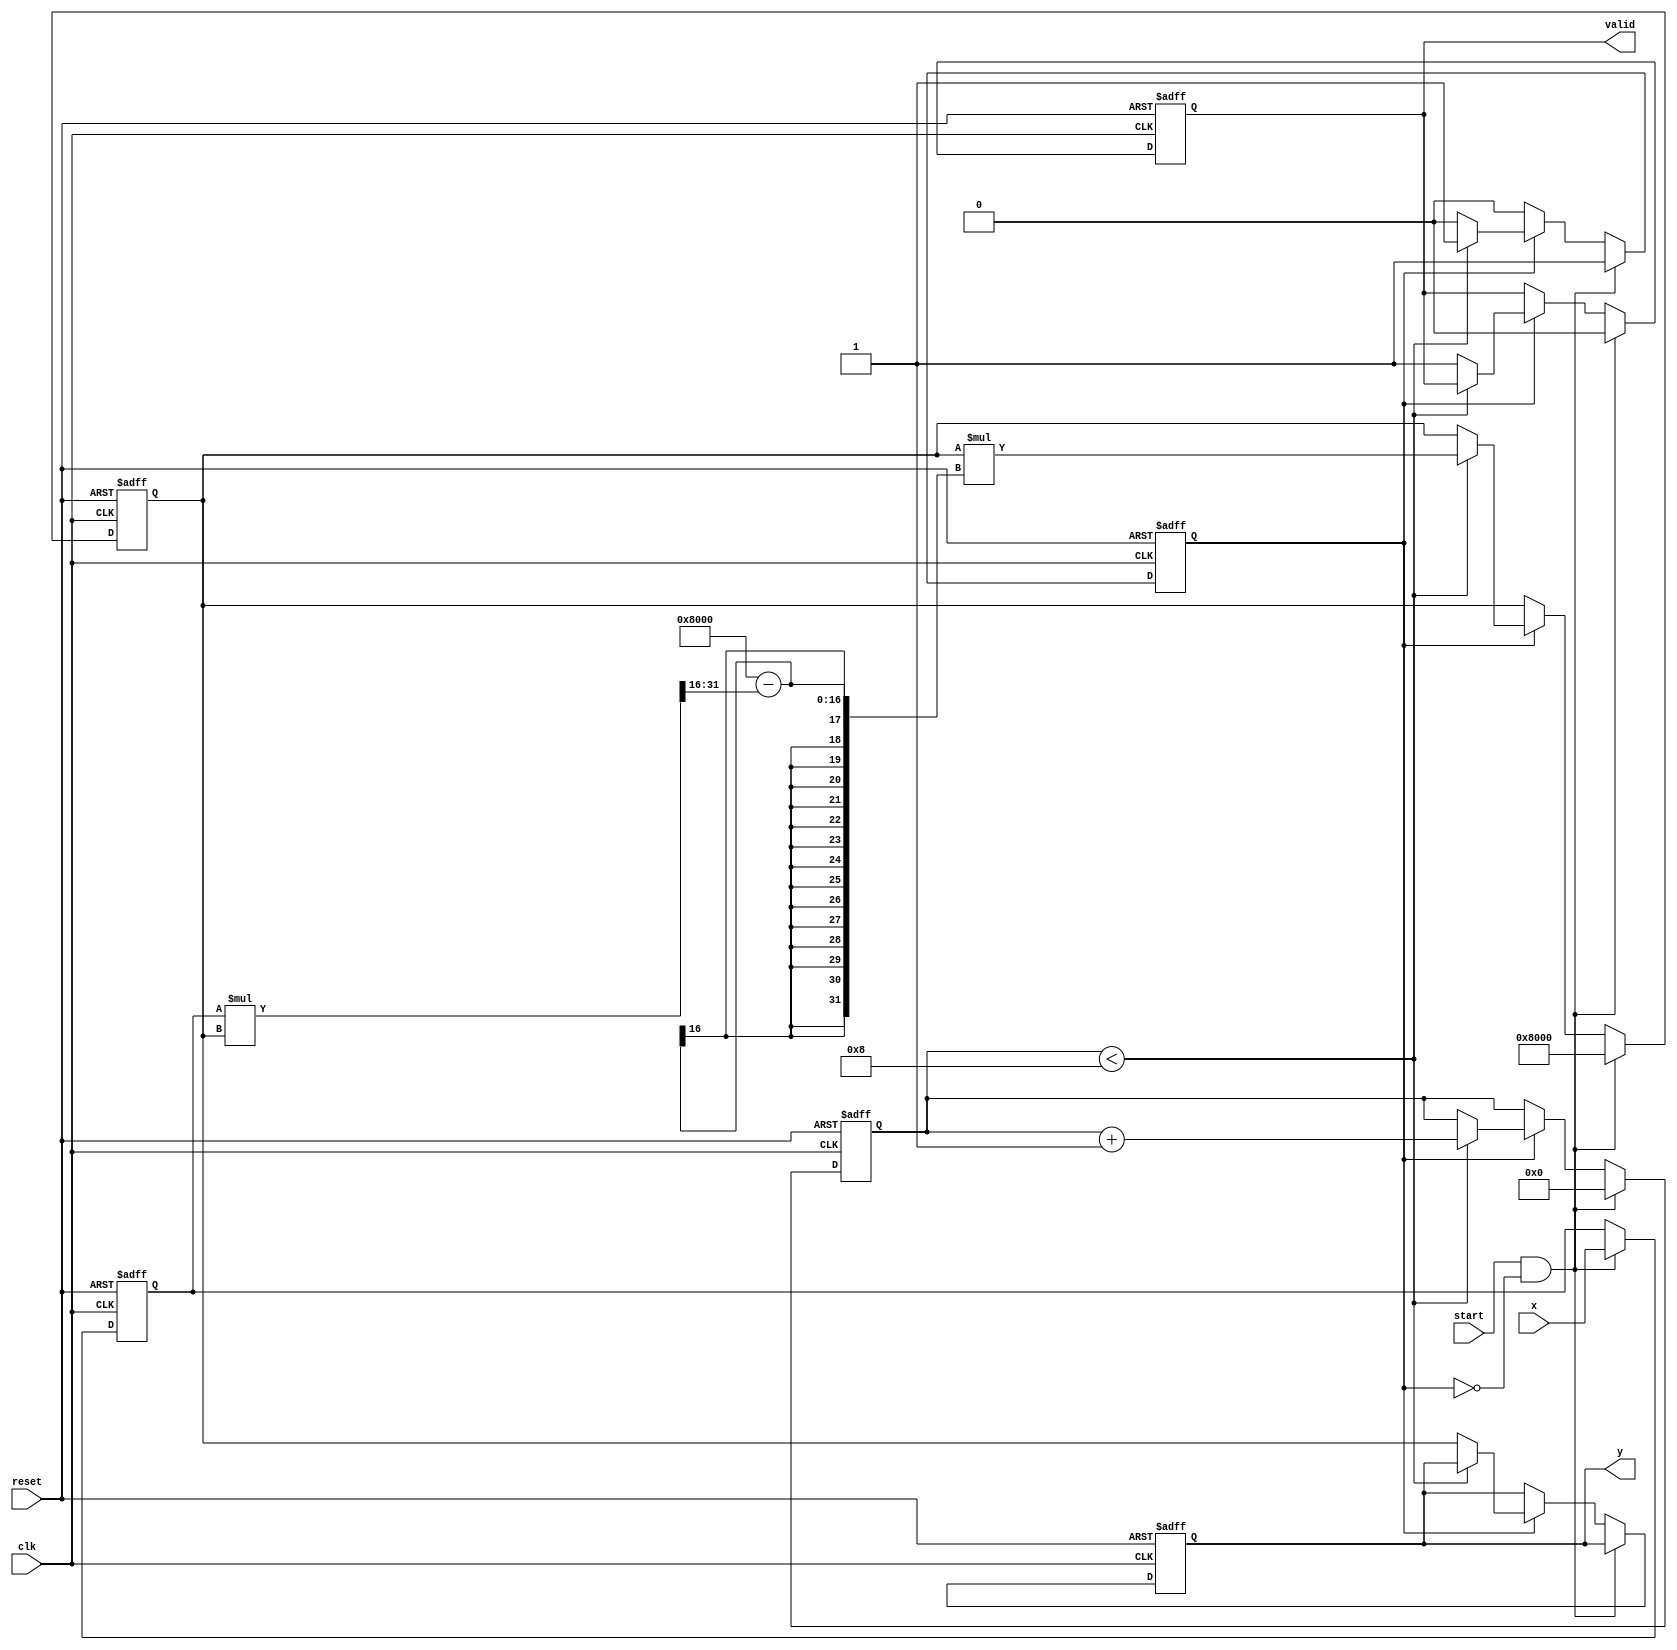
module FixedPointReciprocal #(
    parameter M = 16, // Number of bits for the integer part
    parameter N = 16  // Number of bits for the fractional part
)(
    input wire clk,
    input wire reset,
    input wire start,
    input wire [M+N-1:0] x, // Fixed-point input X (Qm.n)
    output reg [M+N-1:0] y,  // Fixed-point output Y (Qm.n)
    output reg valid          // Output valid signal
);

    localparam MAX_ITER = 8; // Maximum iterations for Newton-Raphson
    localparam HALF_SCALE = {M+N{1'b0}} + (1 << (N-1)); // 0.5 in fixed-point

    reg [M+N-1:0] approx; // Current approximation
    reg [M+N-1:0] x_inv;  // Inverse of X
    reg [3:0] iter;       // Iteration counter
    reg computing;        // Computing state
    
    always @(posedge clk or posedge reset) begin
        if (reset) begin
            y <= 0;
            valid <= 0;
            approx <= 0;
            x_inv <= 0;
            iter <= 0;
            computing <= 0;
        end else begin
            if (start && !computing) begin
                // Initialize for computation
                approx <= {M+N{1'b0}} + (1 << (N-1)); // Start with 0.5
                x_inv <= x;
                iter <= 0;
                computing <= 1;
                valid <= 0;
            end else if (computing) begin
                if (iter < MAX_ITER) begin
                    // Newton-Raphson iteration: approx = approx * (2 - x * approx)
                    approx <= approx * (HALF_SCALE - (x_inv * approx >> N));
                    iter <= iter + 1;
                end else begin
                    // Final result after iterations
                    y <= approx;
                    valid <= 1;
                    computing <= 0; // End computation
                end
            end
        end
    end
endmodule